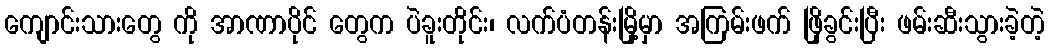
ကျောင်းသားတွေ ကို အာဏာပိုင် တွေက ပဲခူးတိုင်း၊ လက်ပံတန်းမြို့မှာ အကြမ်းဖက် ဖြိုခွင်းပြီး ဖမ်းဆီးသွားခဲ့တဲ့